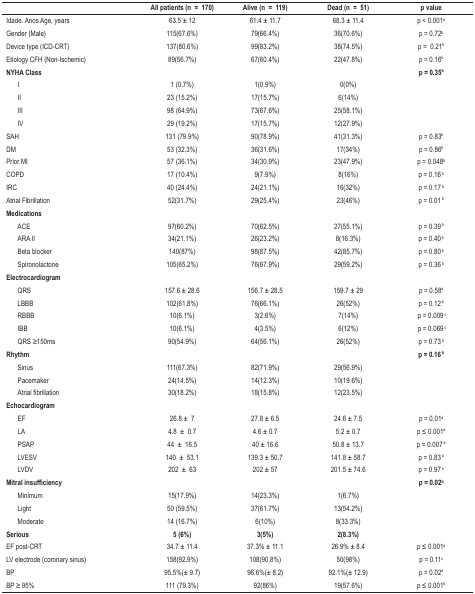
<table><thead><tr><td><b> </b></td><td><b>All patients (n=170)</b></td><td><b>Alive (n=119)</b></td><td><b>Dead (n=51)</b></td><td><b>p value</b></td></tr></thead><tbody><tr><td>Idade. Anos Age, years</td><td>63.5 ± 12</td><td>61.4 ± 11.7</td><td>68.3 ± 11.4</td><td>p &lt; 0.001<sup>a</sup></td></tr><tr><td>Gender (Male)</td><td>115(67.6%)</td><td>79(66.4%)</td><td>36(70.6%)</td><td>p = 0.72<sup>b</sup></td></tr><tr><td>Device type (ICD-CRT)</td><td>137(80.6%) </td><td>99(83.2%)</td><td>38(74.5%)</td><td>p =0.21<sup>b</sup></td></tr><tr><td>Etiology CFH (Non-Ischemic)</td><td>89(56.7%)</td><td>67(60.4%)</td><td>22(47.8%)</td><td>p = 0.16<sup>b</sup></td></tr><tr><td><b>NYHA Class</b></td><td> </td><td> </td><td> </td><td><b>p = 0.35<sup>b</sup></b></td></tr><tr><td>I</td><td>1 (0.7%)</td><td>1(0.9%)</td><td>0(0%)</td><td> </td></tr><tr><td>II</td><td>23 (15.2%)</td><td>17(15.7%)</td><td>6(14%)</td><td> </td></tr><tr><td>III</td><td>98 (64.9%)</td><td>73(67.6%)</td><td>25(58.1%)</td><td> </td></tr><tr><td>IV</td><td>29 (19.2%)</td><td>17(15.7%)</td><td>12(27.9%)</td><td> </td></tr><tr><td>SAH</td><td>131 (79.9%)</td><td>90(78.9%)</td><td>41(31.3%)</td><td>p = 0.83<sup>b</sup></td></tr><tr><td>DM</td><td>53 (32.3%)</td><td>36(31.6%)</td><td>17(34%)</td><td>p = 0.86<sup>b</sup></td></tr><tr><td>Prior MI</td><td>57 (36.1%)</td><td>34(30.9%)</td><td>23(47.9%)</td><td>p = 0.048<sup>b</sup></td></tr><tr><td>COPD</td><td>17 (10.4%)</td><td>9(7.9%)</td><td>8(16%)</td><td>p = 0.16<sup>b</sup></td></tr><tr><td>IRC</td><td>40 (24.4%)</td><td>24(21.1%)</td><td>16(32%)</td><td>p = 0.17<sup>b</sup></td></tr><tr><td>Atrial Fibrillation</td><td>52(31.7%)</td><td>29(25.4%)</td><td>23(46%)</td><td>p = 0.01<sup>b</sup></td></tr><tr><td><b>Medications</b></td><td> </td><td> </td><td> </td><td> </td></tr><tr><td>ACE</td><td>97(60.2%)</td><td>70(62.5%)</td><td>27(55.1%)</td><td>p = 0.39<sup>b</sup></td></tr><tr><td>ARA II</td><td>34(21.1%)</td><td>26(23.2%)</td><td>8(16.3%)</td><td>p = 0.40<sup>b</sup></td></tr><tr><td>Beta blocker</td><td>140(87%)</td><td>98(87.5%)</td><td>42(85.7%)</td><td>p = 0.80<sup>b</sup></td></tr><tr><td>Spironolactone</td><td>105(65.2%)</td><td>76(67.9%)</td><td>29(59.2%)</td><td>p = 0.36<sup>b</sup></td></tr><tr><td><b>Electrocardiogram</b></td><td> </td><td> </td><td> </td><td> </td></tr><tr><td>QRS</td><td>157.6 ± 28.6</td><td>156.7 ± 28.5</td><td>159.7 ± 29</td><td>p = 0.58<sup>a</sup></td></tr><tr><td>LBBB</td><td>102(61.8%)</td><td>76(66.1%)</td><td>26(52%)</td><td>p = 0.12<sup>b</sup></td></tr><tr><td>RBBB</td><td>10(6.1%)</td><td>3(2.6%)</td><td>7(14%)</td><td> p = 0.009<sup>c</sup></td></tr><tr><td>IBB</td><td>10(6.1%)</td><td>4(3.5%)</td><td>6(12%)</td><td> p = 0.069<sup>c</sup></td></tr><tr><td>QRS ≥150ms</td><td>90(54.9%)</td><td>64(56.1%)</td><td>26(52%)</td><td>p = 0.73<sup>b</sup></td></tr><tr><td><b>Rhythm</b></td><td> </td><td> </td><td> </td><td><b>p = 0.16<sup>b</sup></b></td></tr><tr><td>Sinus</td><td>111(67.3%)</td><td>82(71.9%)</td><td>29(56.9%)</td><td> </td></tr><tr><td>Pacemaker</td><td>24(14.5%)</td><td>14(12.3%)</td><td>10(19.6%)</td><td> </td></tr><tr><td>Atrial fibrillation</td><td>30(18.2%)</td><td>18(15.8%)</td><td>12(23.5%)</td><td> </td></tr><tr><td><b>Echocardiogram</b></td><td> </td><td> </td><td> </td><td> </td></tr><tr><td>EF</td><td>26.8 ±7</td><td>27.8 ± 6.5</td><td>24.6 ± 7.5</td><td>p = 0.01<sup>a</sup></td></tr><tr><td>LA</td><td>4.8±0.7</td><td>4.6 ± 0.7</td><td>5.2 ± 0.7</td><td>p ≤ 0.001<sup>a</sup></td></tr><tr><td>PSAP</td><td>44±16.5</td><td>40 ± 16.6</td><td>50.8 ± 13.7</td><td>p = 0.007<sup>a</sup></td></tr><tr><td>LVESV</td><td>140±53.1</td><td>139.3 ± 50.7</td><td>141.8 ± 58.7</td><td>p = 0.83<sup>a</sup></td></tr><tr><td>LVDV</td><td>202±63</td><td>202 ± 57</td><td>201.5 ± 74.6</td><td>p = 0.97<sup>a</sup></td></tr><tr><td><b>Mitral insufficiency</b></td><td> </td><td> </td><td> </td><td><b>p = 0.02<sup>b</sup></b></td></tr><tr><td>Minimum</td><td>15(17.9%)</td><td>14(23.3%)</td><td>1(6.7%)</td><td> </td></tr><tr><td>Light</td><td>50 (59.5%)</td><td>37(61.7%)</td><td>13(54.2%)</td><td> </td></tr><tr><td>Moderate</td><td>14 (16.7%)</td><td>6(10%)</td><td>8(33.3%)</td><td> </td></tr><tr><td><b>Serious</b></td><td><b>5 (6%)</b></td><td><b>3(5%)</b></td><td><b>2(8.3%)</b></td><td> </td></tr><tr><td>EF post-CRT</td><td>34.7 ± 11.4</td><td>37.3% ± 11.1</td><td>26.9% ± 8.4</td><td>p ≤ 0.001<sup>a</sup></td></tr><tr><td>LV electrode (coronary sinus)</td><td>158(92.9%)</td><td>108(90.8%)</td><td>50(98%)</td><td>p = 0.11<sup>c</sup></td></tr><tr><td>BP</td><td>95.5%(± 9.7)</td><td>96.6%(± 8.2)</td><td>92.1%(± 12.9)</td><td>p = 0.02<sup>a</sup></td></tr><tr><td>BP ≥ 95%</td><td>111 (79.3%)</td><td>92(86%)</td><td>19(57.6%)</td><td>p ≤ 0.001<sup>b</sup></td></tr></tbody></table>